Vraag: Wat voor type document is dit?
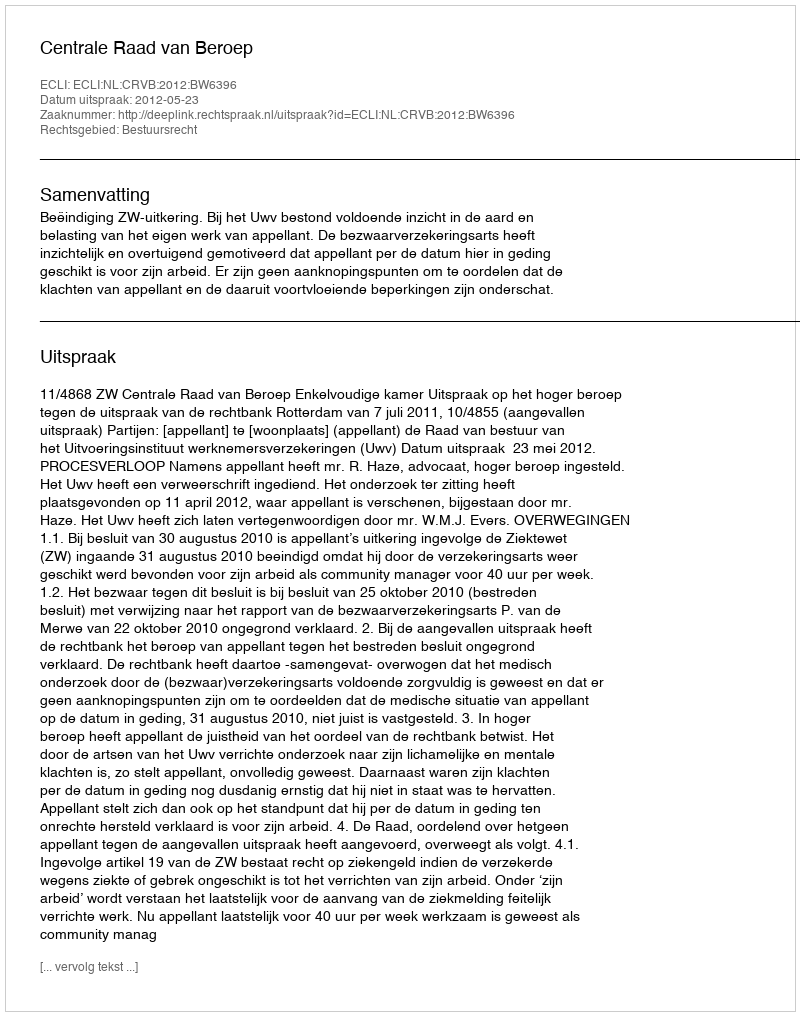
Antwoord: Uitspraak